Indian journal of veterinary science and animal husbandry - Volume 2,
Year: 1932
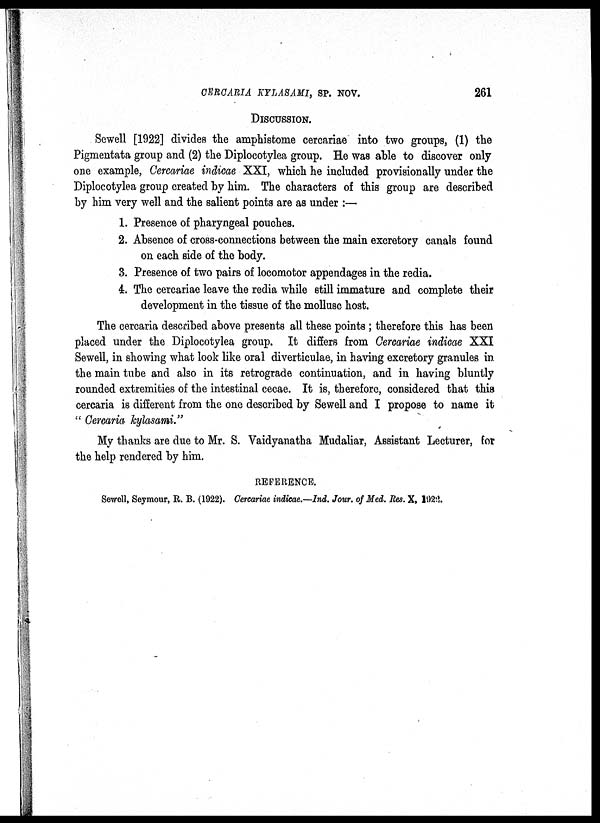
CERCARIA KYLASAMI, SP. NOV.
261
DISCUSSION.
Sewell [1922] divides the amphistome cercariae into two groups, (1) the
Pigmentata group and (2) the Diplocotylea group. He was able to discover only
one example, Cercariae indicae XXI, which he included provisionally under the
Diplocotylea group created by him. The characters of this group are described
by him very well and the salient points are as under :—
1. Presence of pharyngeal pouches.
2. Absence of cross-connections between the main excretory canals found
on each side of the body.
3. Presence of two pairs of locomotor appendages in the redia.
4. The cercariae leave the redia while still immature and complete their
development in the tissue of the mollusc host.
The cercaria described above presents all these points ; therefore this has been
placed under the Diplocotylea group. It differs from Cercariae indicae XXI
Sewell, in showing what look like oral diverticulae, in having excretory granules in
the main tube and also in its retrograde continuation, and in having bluntly
rounded extremities of the intestinal cecae. It is, therefore, considered that this
cercaria is different from the one described by Sewell and I propose to name it
" Cercaria kylasami."
My thanks are due to Mr. S. Vaidyanatha Mudaliar, Assistant Lecturer, for
the help rendered by him.
REFERENCE.
Sewell, Seymour, R. B. (1922). Cercariae indicae.—Ind. Jour. of Med. Res. X, 1922.